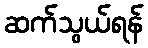
ဆက်သွယ်ရန်